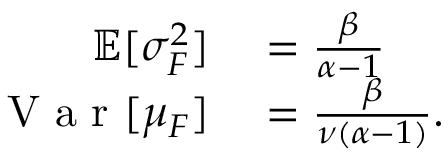
\begin{array} { r l } { \mathbb { E } [ \sigma _ { F } ^ { 2 } ] } & { { } = \frac { \beta } { \alpha - 1 } } \\ { \mathrm { ~ V ~ a ~ r ~ } [ \mu _ { F } ] } & { { } = \frac { \beta } { \nu ( \alpha - 1 ) } . } \end{array}